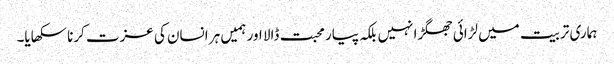
ہماری تربیت میں لڑائی جھگڑا نہیں بلکہ پیار محبت ڈالا اور ہمیں ہر انسان کی عزت کرنا سکھایا۔